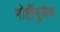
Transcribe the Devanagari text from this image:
गोष्टींमुळेच